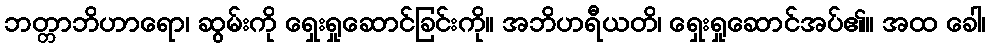
ဘတ္တာဘိဟာရော၊ ဆွမ်းကို ရှေးရှုဆောင်ခြင်းကို။ အဘိဟရီယတိ၊ ရှေးရှုဆောင်အပ်၏။ အထ ခေါ၊